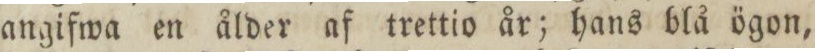
angifwa en ålder af trettio år; hans blå ögon,